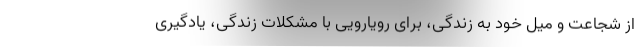
از شجاعت و میل خود به زندگی، برای رویارویی با مشکلات زندگی، یادگیری